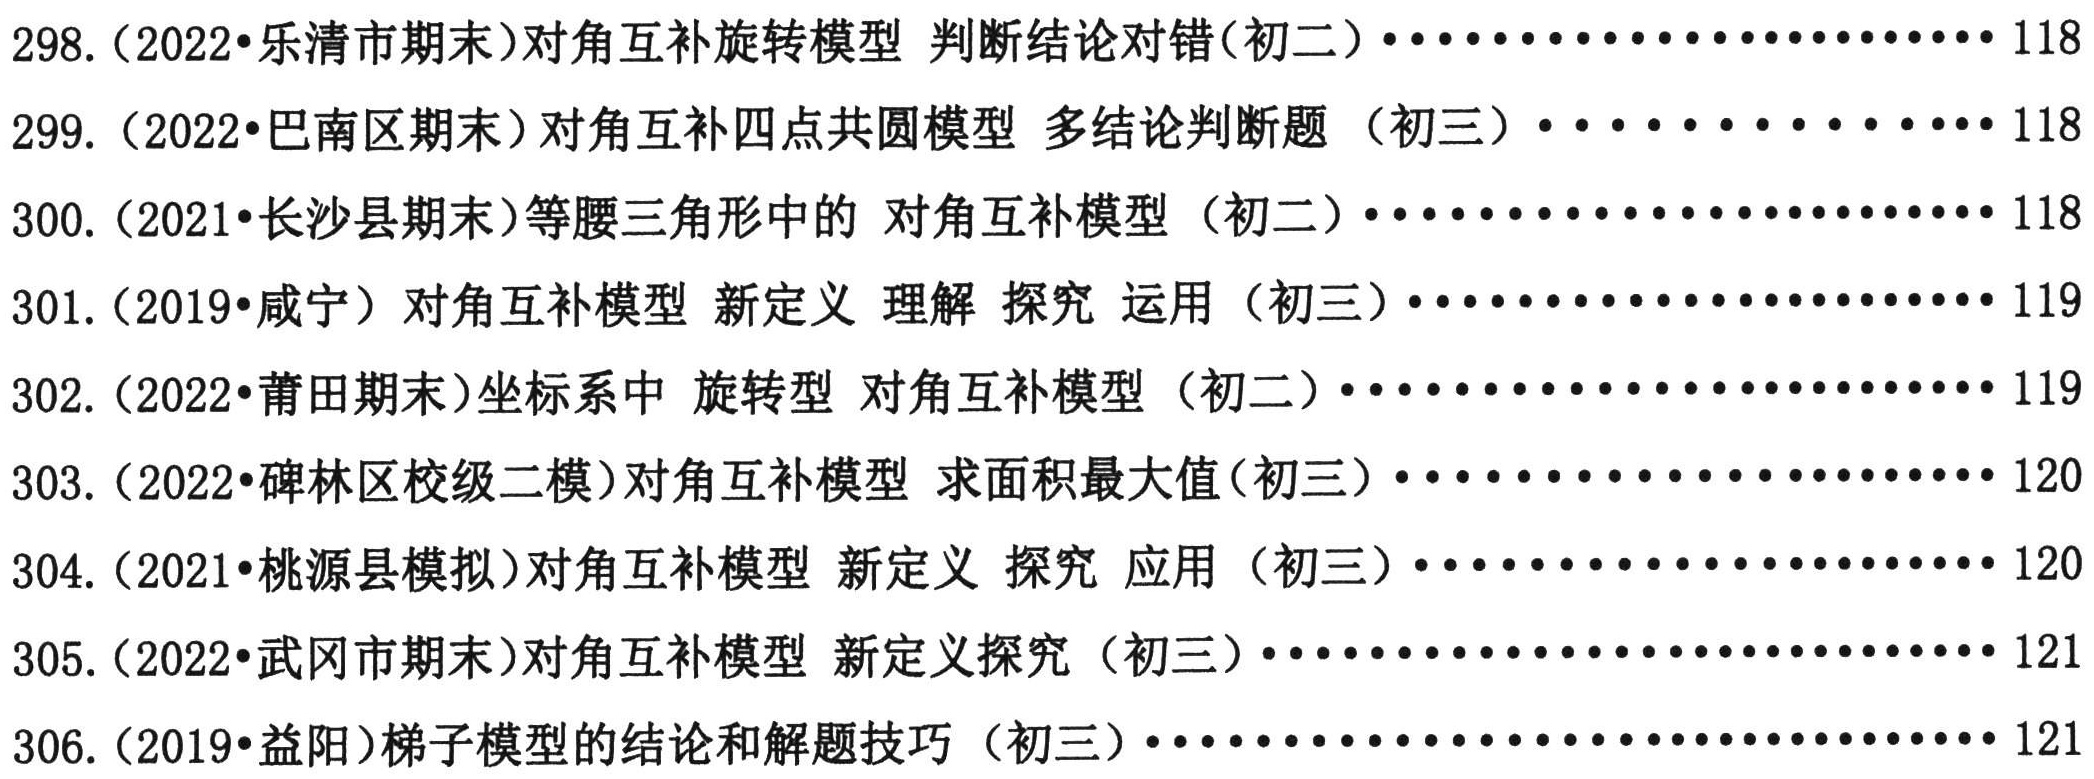
298.（2022•乐清市期末）对角互补旋转模型 判断结论对错(初二)························118
299.（2022•巴南区期末）对角互补四点共圆模型 多结论判断题（初三）··················118
300.（2021•长沙县期末）等腰三角形中的 对角互补模型（初二）······················118
301.（2019•咸宁）对角互补模型 新定义 理解 探究 运用（初三）····················119
302.（2022•莆田期末）坐标系中 旋转型 对角互补模型（初二）······················119
303.（2022•碑林区校级二模）对角互补模型 求面积最大值(初三)······················120
304.（2021•桃源县模拟）对角互补模型 新定义 探究 应用（初三）····················120
305.（2022•武冈市期末）对角互补模型 新定义探究（初三）························121
306.（2019•益阳）梯子模型的结论和解题技巧（初三）····························121